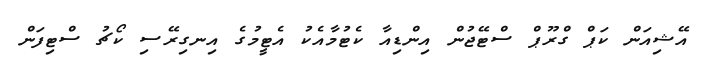
އޭޝިއަން ކަޕް ގްރޫޕް ސްޓޭޖުން އިންޑިއާ ކެޓުމާއެކު އެޓީމުގެ އިނގިރޭސި ކޯޗު ސްޓިފަން